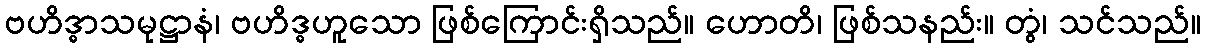
ဗဟိဒ္ဓာသမုဋ္ဌာနံ၊ ဗဟိဒ္ဓဟူသော ဖြစ်ကြောင်းရှိသည်။ ဟောတိ၊ ဖြစ်သနည်း။ တွံ၊ သင်သည်။